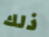
ذلك